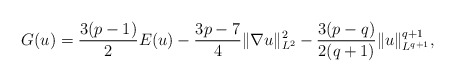
\begin{align*}G(u) = \frac{3(p-1)}{2} E(u) -\frac{3p-7}{4} \|\nabla u\|^2_{L^2} - \frac{3(p-q)}{2(q+1)} \|u\|^{q+1}_{L^{q+1}},\end{align*}